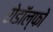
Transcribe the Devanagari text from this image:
रोडॉल्फो